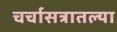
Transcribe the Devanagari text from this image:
चर्चासत्रातल्या